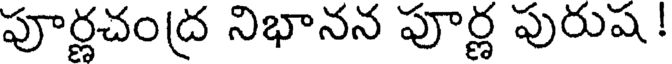
పూర్ణచంద్ర నిభానన పూర్ణ పురుష!